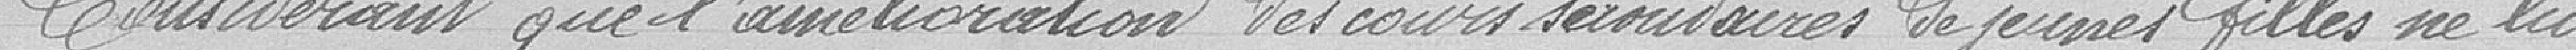
Considérant que l'amélioration des cours secondaires de jeunes filles ne lui